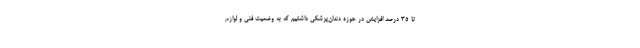
تا ۳۵ درصد افزایش در حوزه دندان‌پزشکی داشتیم که به وضعیت فنی و لوازم